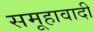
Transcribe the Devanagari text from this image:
समूहावादी